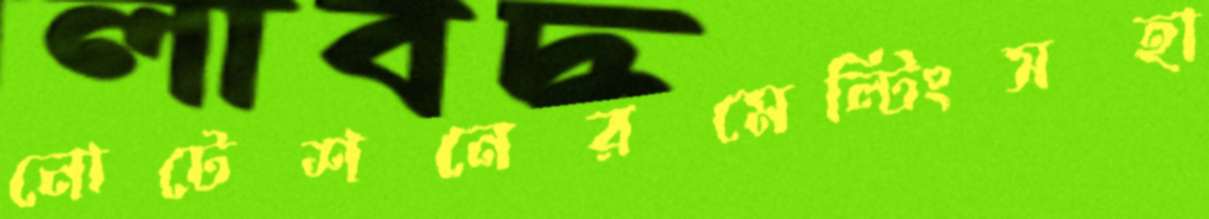
নোটেশনেরমেল্টিংসহা